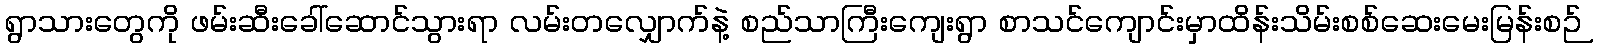
ရွာသားတွေကို ဖမ်းဆီးခေါ်ဆောင်သွားရာ လမ်းတလျှောက်နဲ့ စည်သာကြီးကျေးရွာ စာသင်ကျောင်းမှာထိန်းသိမ်းစစ်ဆေးမေးမြန်းစဉ်